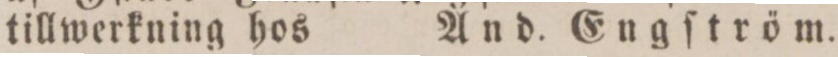
tillwerkning hos    And. Engſtröm.